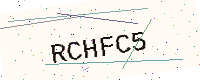
Text: RCHFC5